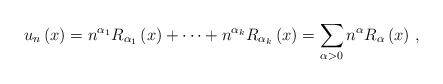
LaTeX: \begin{align*}u_{n}\left( x\right) =n^{\alpha_{1}}R_{\alpha_{1}}\left( x\right)+\cdots+n^{\alpha_{k}}R_{\alpha_{k}}\left( x\right) =\sum_{\alpha>0}n^{\alpha}R_{\alpha}\left( x\right) \,, \end{align*}